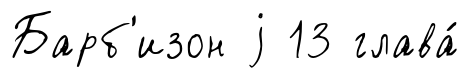
Барб'изон j 13 глава́